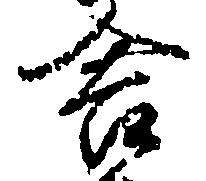
舎